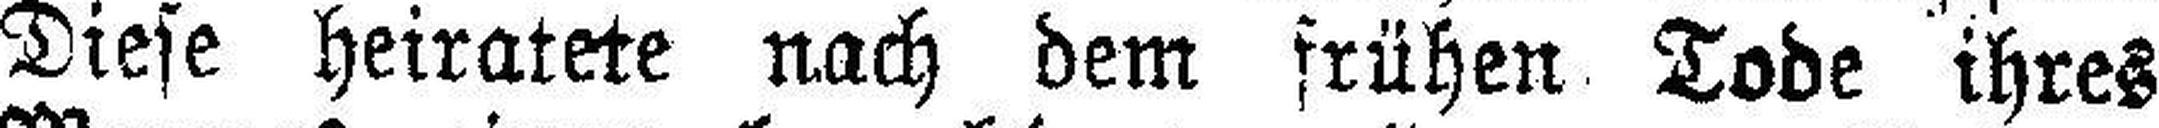
Diese heiratete nach dem frühen Tode ihres